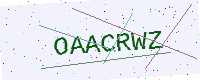
Text: OAACRWZ